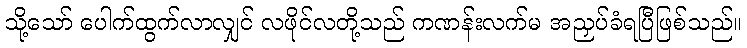
သို့သော် ပေါက်ထွက်လာလျှင် လဖိုင်လတို့သည် ကဏန်းလက်မ အညှပ်ခံရပြီဖြစ်သည်။